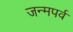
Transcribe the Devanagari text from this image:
जन्मपर्व